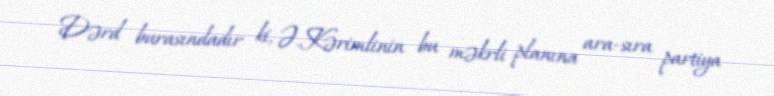
Dərd burasındadır ki, Ə.Kərimlinin bu məkrli planına ara-sıra partiya